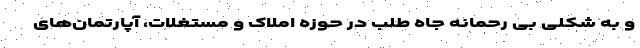
و به شکلی بی رحمانه جاه طلب در حوزه املاک و مستغلات، آپارتمان‌های